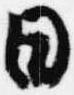
日